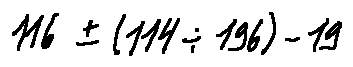
1 1 6 \pm ( 1 1 4 \div 1 9 6 ) - 1 9